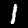
Digit: 1